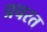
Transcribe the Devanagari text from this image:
प्रचरत